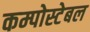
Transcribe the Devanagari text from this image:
कम्पोस्टेबल